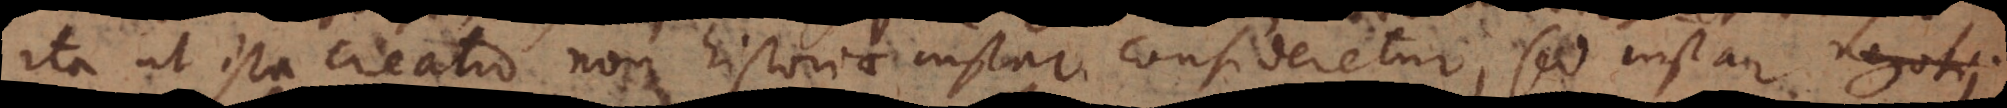
ita ut ista creatio non historiae instar consideretur, sed instar negotii